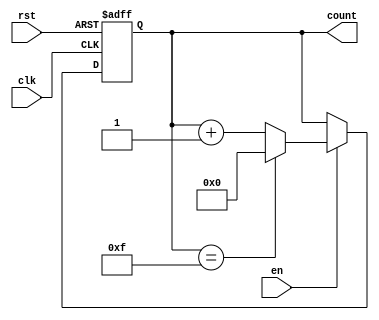
module multi_bit_counter #(
    parameter N = 4  // Default bit width of the counter (can be changed)
)(
    input wire clk,      // Clock input
    input wire rst,      // Reset input (active-high)
    input wire en,       // Enable input
    output reg [N-1:0] count // N-bit count output
);

// Maximum value for the counter
localparam MAX_COUNT = (1 << N) - 1; // 2^N - 1

// Always block to handle counter operations
always @(posedge clk or posedge rst) begin
    if (rst) begin
        count <= 0; // Reset count to 0
    end else if (en) begin
        if (count == MAX_COUNT) begin
            count <= 0; // Wrap around to 0
        end else begin
            count <= count + 1; // Increment count
        end
    end
    // If enable is low, count retains its current value
end

endmodule